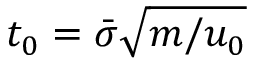
t _ { 0 } = \bar { \sigma } \sqrt { m / u _ { 0 } }